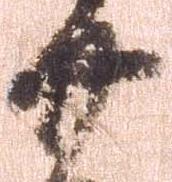
廿